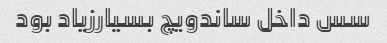
سس داخل ساندویچ بسیارزیاد بود